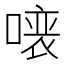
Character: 𠼁